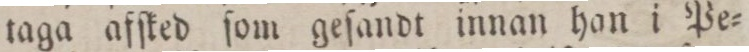
taga afſked ſom geſandt innan han i Pe=